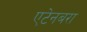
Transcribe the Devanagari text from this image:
एटेनबरा